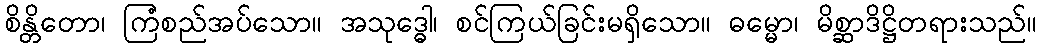
စိန္တိတော၊ ကြံစည်အပ်သော။ အသုဒ္ဓေါ၊ စင်ကြယ်ခြင်းမရှိသော။ ဓမ္မော၊ မိစ္ဆာဒိဋ္ဌိတရားသည်။